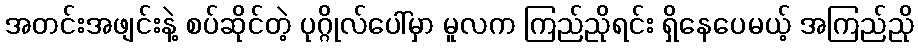
အတင်းအဖျင်းနဲ့ စပ်ဆိုင်တဲ့ ပုဂ္ဂိုလ်ပေါ်မှာ မူလက ကြည်ညိုရင်း ရှိနေပေမယ့် အကြည်ညို